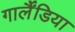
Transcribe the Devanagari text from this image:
गार्लैंडिया